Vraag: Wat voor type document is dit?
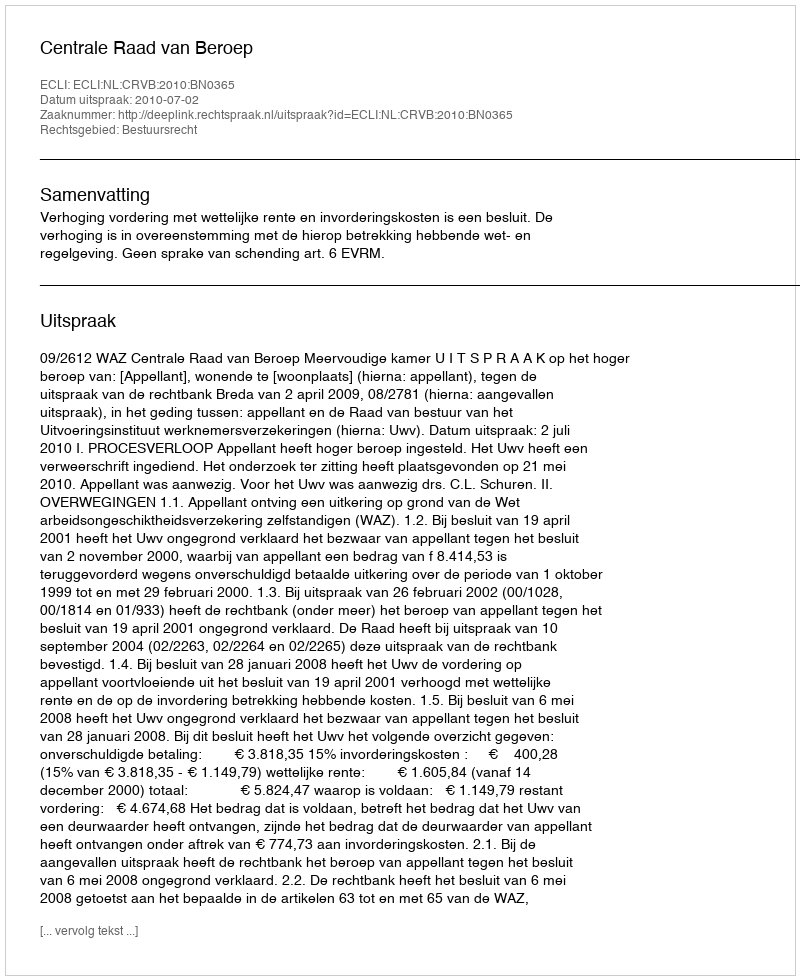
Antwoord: Uitspraak